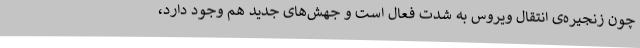
چون زنجیره‌ی انتقال ویروس به شدت فعال است و جهش‌های جدید هم وجود دارد،